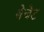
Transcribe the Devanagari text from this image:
बेचेट